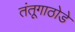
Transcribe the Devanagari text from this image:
तंतूगाठोडे